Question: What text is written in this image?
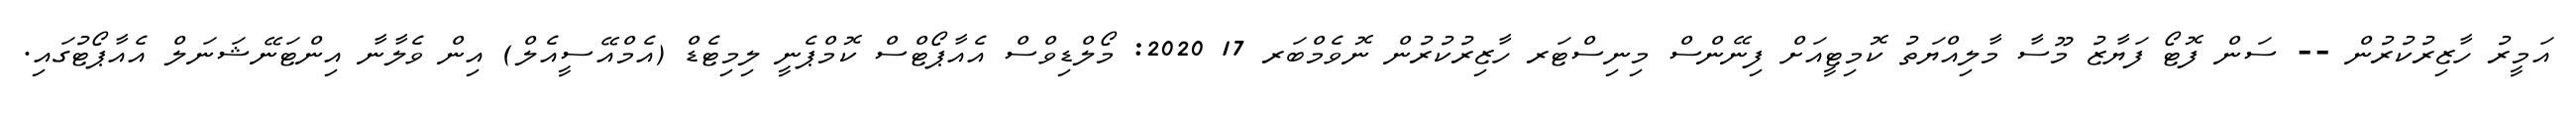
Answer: އަމީރު ހާޒިރުކުރުން -- ސަން ފޮޓޯ ފަޔާޒު މޫސާ މާލިއްޔަތު ކޮމިޓީއަށް ފިނޭންސް މިނިސްޓަރ ހާޒިރުކުރުން ނޮވެމްބަރ 17 2020: މޯލްޑިވްސް އެއާޕޯޓްސް ކޮމްޕެނީ ލިމިޓެޑް (އެމްއޭސީއެލް) އިން ވެލާނާ އިންޓަނޭޝަނަލް އެއާޕޯޓުގައި.